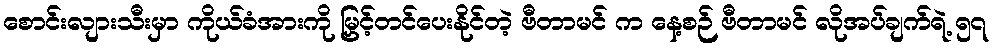
စောင်းလျားသီးမှာ ကိုယ်ခံအားကို မြှင့်တင်ပေးနိုင်တဲ့ ဗီတာမင် က နေ့စဉ် ဗီတာမင် လိုအပ်ချက်ရဲ့ ၅၇